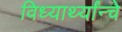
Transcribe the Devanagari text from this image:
विध्यार्थ्यांन्चे